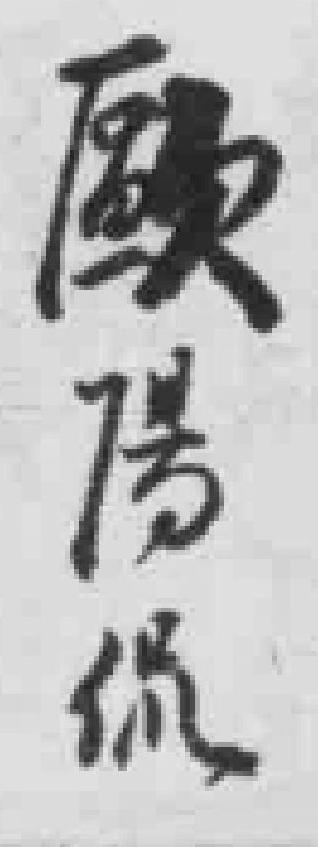
歐陽侃